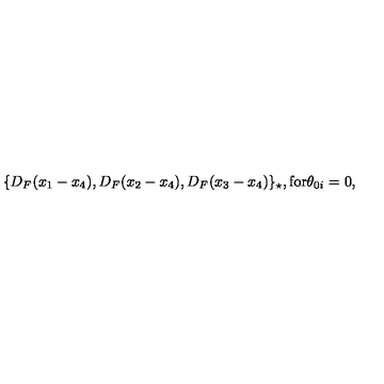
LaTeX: \{ D _ { F } ( x _ { 1 } - x _ { 4 } ) , D _ { F } ( x _ { 2 } - x _ { 4 } ) , D _ { F } ( x _ { 3 } - x _ { 4 } ) \} _ { \star } , \mathrm { f o r } \theta _ { 0 i } = 0 ,